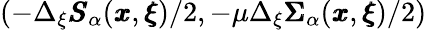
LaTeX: (-\Delta_{\xi}{\pmb S}_{\alpha}({\pmb x},{\pmb\xi})/2,-\mu\Delta_{\xi}{\pmb\Sigma}_{\alpha}({\pmb x},{\pmb\xi})/2)